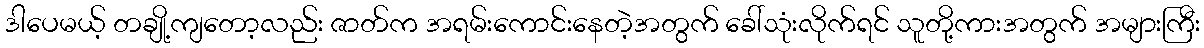
ဒါပေမယ့် တချို့ကျတော့လည်း ဇာတ်က အရမ်းကောင်းနေတဲ့အတွက် ခေါ်သုံးလိုက်ရင် သူတို့ကားအတွက် အများကြီး